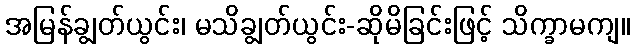
အမြန်ချွတ်ယွင်း၊ မသိချွတ်ယွင်း-ဆိုမိခြင်းဖြင့် သိက္ခာမကျ။